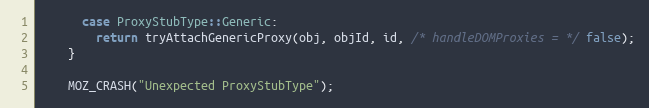
Language: C++
      case ProxyStubType::Generic:
        return tryAttachGenericProxy(obj, objId, id, /* handleDOMProxies = */ false);
    }

    MOZ_CRASH("Unexpected ProxyStubType");